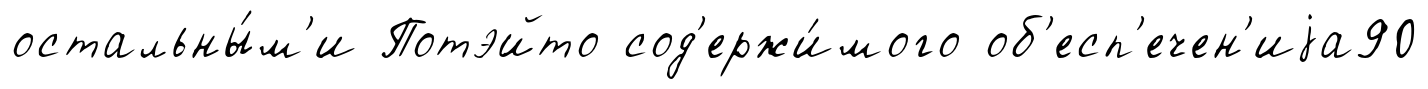
остальны́м'и Потэйто сод'ержи́мого об'есп'ечен'иjа90